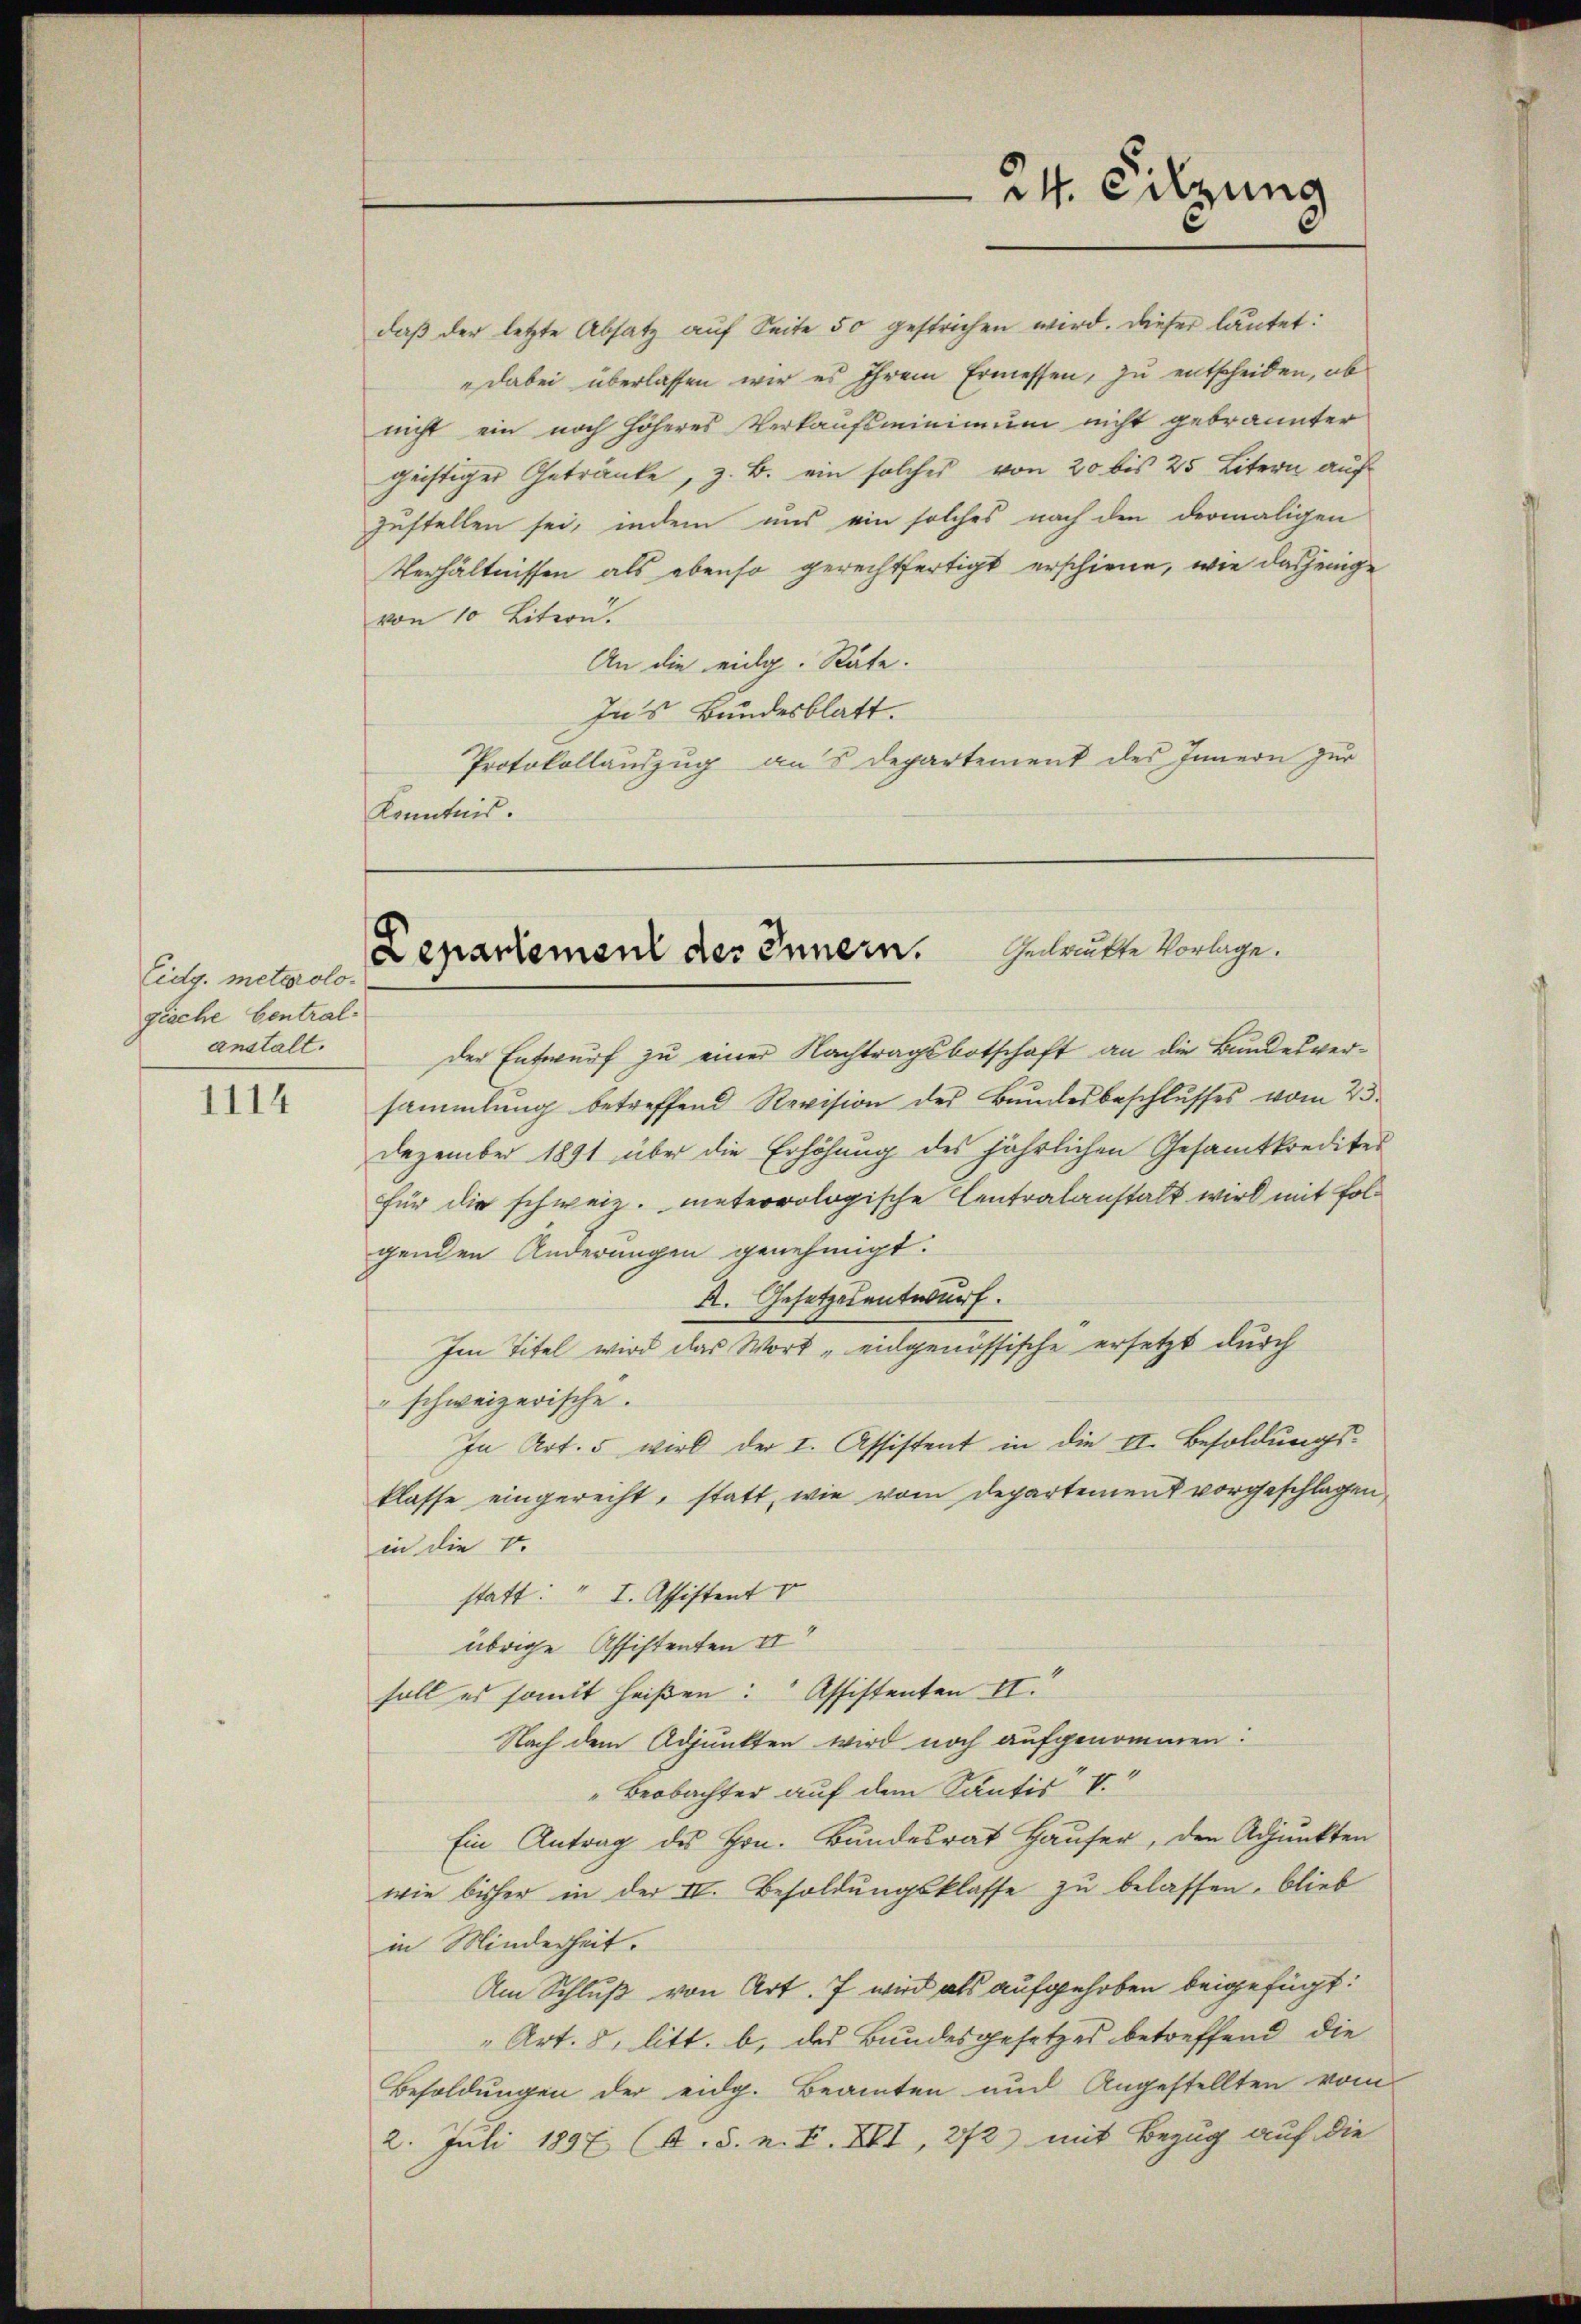
Eidg. meteorologiache Centralanstalt.

1114

24. Sitzung

daβ der letzte Absatz aŭf Seite 50 gestrichen wird. Dieser lautet:
"dabei überlassen wir es ihrem Ermessen, zu entscheiden, ob
nicht ein noch höheres Verkaufsminimum nicht gebrannter
geistiger Getränke, z. B. ein solches von 20 bis 25 Litern auf
zustellen sei, indem uns ein solches nach den dermaligen
Verhältnissen als ebenso gerechtfertigt erschiene, wie dasjenige
von 10 Litern.
An die eidg. Räte.
Ins Bundesblatt.
Protokollauszug aus Departement des Innern zur
Kenntnis.

Departement des Innern. Gedankte Vorlage.

der Entwurf zu einer Nachtragsbotschaft an die Bundesversammlung betreffend Revision des Bŭndesbeschlŭsses vom 23.
Dezember 1891 über die Erhöhung des jährlichen Gesamtkrediter
für die schweiz. meteorologische Centralanstalt wird mit Folgenden Änderungen genehmigt.
A. Gesetzesentwurf.
Im Titel wird das Wort „eidgenössische ersetzt durch
" schweizerische.
In Art. 5 wird der I. Assistent in die II. Besoldungs-
klasse eingerecht, statt, wie vom Departement vorgeschlagen,
in die Ve
statt: " I. Affistent V
übrige Affistenten II
soll es somit heißen: Assistenten II.
Nach dem Adjunkten wird noch aufgenommen:
"Beobachter auf dem Santis V.
Ein Antrag des Hrn. Bundesrat Häuser, den Adjunkten
wie bisher in der IV. Besoldungsklasse zu belassen, blieb
in Minderheit.
Am Schluß von Art. 7 wird als aufgehoben beigefügt:
" Art. 8, litt. b. des Bundesgesetzes betreffend die
Besoldungen der eidg. Beamten und Angestellten vom
2. Juli 1897 (s. S. n. F. XVI, 372) mit Bezug auf die